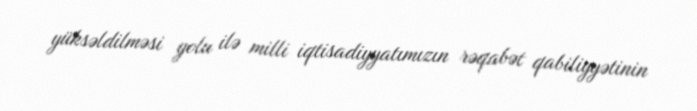
yüksəldilməsi yolu ilə milli iqtisadiyyatımızın rəqabət qabiliyyətinin